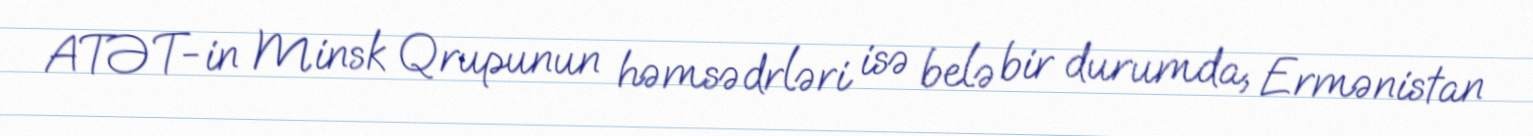
ATƏT-in Minsk Qrupunun həmsədrləri isə belə bir durumda, Ermənistan